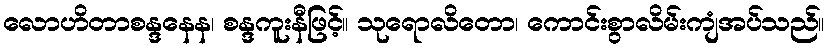
လောဟိတာစန္ဒနေန၊ စန္ဒကူးနီဖြင့်။ သုရောလိတော၊ ကောင်းစွာလိမ်းကျံအပ်သည်။